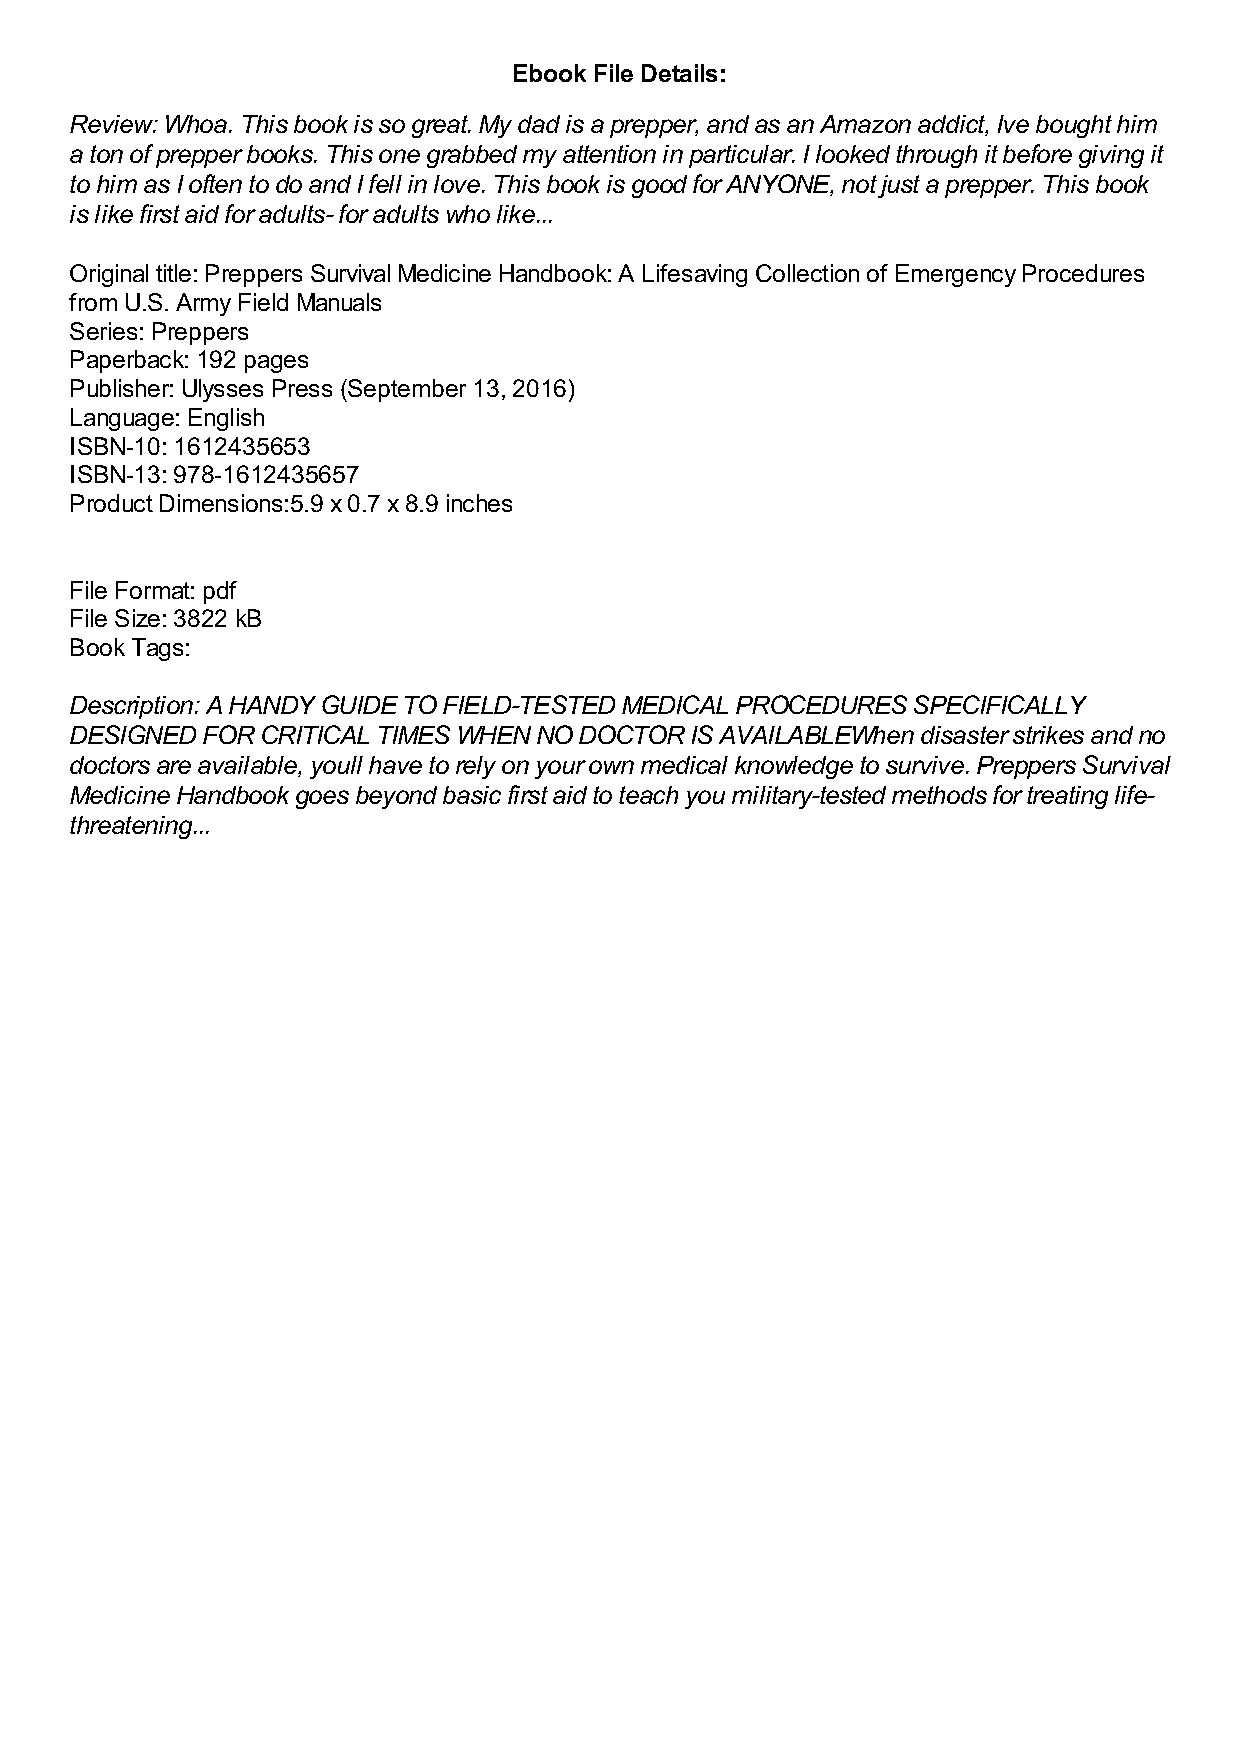
Ebook File Details:
 Review: Whoa. This book is so great. My dad is a prepper, and as an Amazon addict, Ive bought him
 a ton of prepper books. This one grabbed my attention in particular. I looked through it before giving it
 to him as I often to do and I fell in love. This book is good for ANYONE, not just a prepper. This book
 is like first aid for adults- for adults who like...
 Original title: Preppers Survival Medicine Handbook: A Lifesaving Collection of Emergency Procedures
 from U.S. Army Field Manuals
 Series: Preppers
 Paperback: 192 pages
 Publisher: Ulysses Press (September 13, 2016)
 Language: English
 ISBN-10: 1612435653
 ISBN-13: 978-1612435657
 Product Dimensions:5.9 x 0.7 x 8.9 inches
 File Format: pdf
 File Size: 3822 kB
 Book Tags:
 Description: A HANDY GUIDE TO FIELD-TESTED MEDICAL PROCEDURES SPECIFICALLY
 DESIGNED FOR CRITICAL TIMES WHEN NO DOCTOR IS AVAILABLEWhen disaster strikes and no
 doctors are available, youll have to rely on your own medical knowledge to survive. Preppers Survival
 Medicine Handbook goes beyond basic first aid to teach you military-tested methods for treating life-
 threatening...